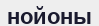
нойоны